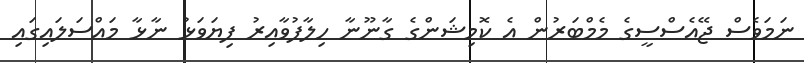
ނަމަވެސް ޖޭއެސްސީގެ މެމްބަރުން އެ ކޮމިޝަންގެ ގާނޫނާ ހިލާފުވާއިރު ފިޔަވަޅު ނާޅާ މައްސަލައިގައި